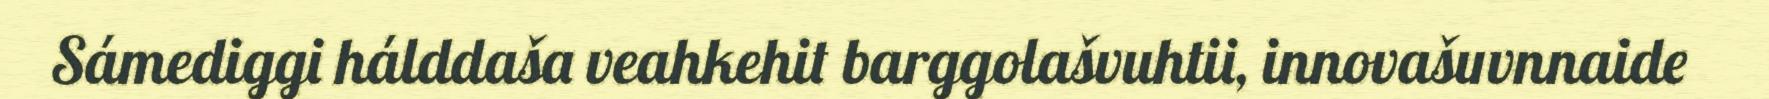
Sámediggi hálddaša veahkehit barggolašvuhtii, innovašuvnnaide